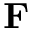
\mathbf { F }